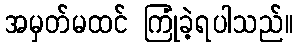
အမှတ်မထင် ကြုံခဲ့ရပါသည်။